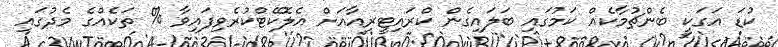
ކުޑަ އަގަކީ ބެންޗުމާކެއް ކަމުގައި ބަލައިގެން ކްރައިޓީރިއާއަށް އެލޮކޭޓްކުރެވިފައިވާ % ތަކެއްގެ މެދުގައި